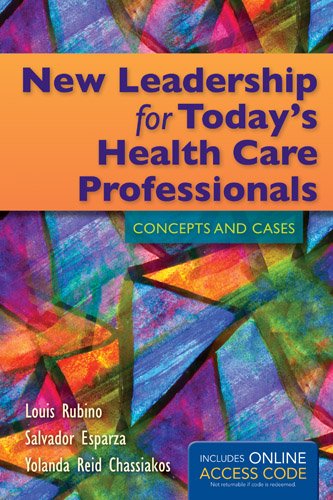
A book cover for New Leadership For Today's Health Care Professionals: Concepts and Cases; Louis G. Rubino; Medical Books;